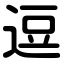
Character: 逗